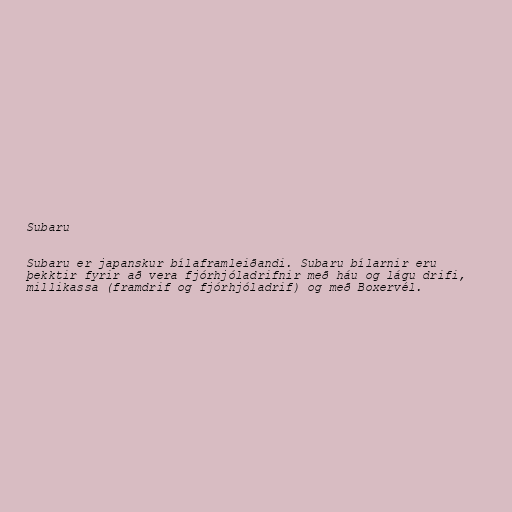
Subaru

Subaru er japanskur bílaframleiðandi. Subaru bílarnir eru
þekktir fyrir að vera fjórhjóladrifnir með háu og lágu drifi,
millikassa (framdrif og fjórhjóladrif) og með Boxervél.